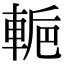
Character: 𨌌